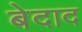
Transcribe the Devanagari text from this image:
बेदाद